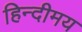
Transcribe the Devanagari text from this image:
हिन्दीमय